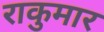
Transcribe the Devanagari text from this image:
राकुमार